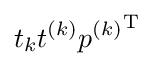
t_{k}t^{(k)}{p^{(k)}}^{\mathrm {T} }